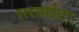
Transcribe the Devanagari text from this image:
सरवाईवर